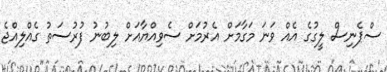
ސްޕެނިސް ލީގުގެ އެއް ވަނަ މަގާމަށް އެރުމަށް ސެވިއްޔާއަށް ލިބުނު ފުރުސަތު ގެއްލިއްޖެ